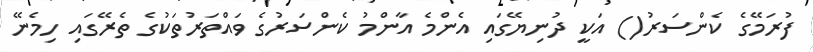
ފުރަމޭގެ ކެންސަރު() އަކީ ދުނިޔޭގައި އެންމެ އާންމު ކެންސަރުގެ ވައްތަރުތަކުގެ ތެރޭގައި ހިމެނޭ